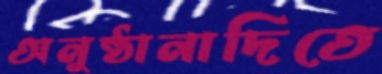
অনুষ্ঠানাদিতে